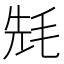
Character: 𣭡